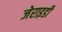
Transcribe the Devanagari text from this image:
जेराइडी